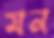
মন